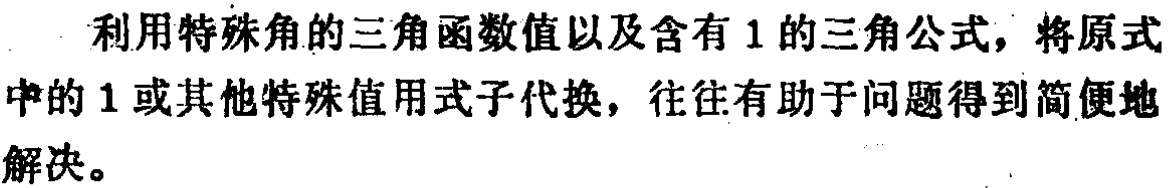
利用特殊角的三角函数值以及含有 1 的三角公式，将原式中的 1 或其他特殊值用式子代换，往往有助于问题得到简便地解决。